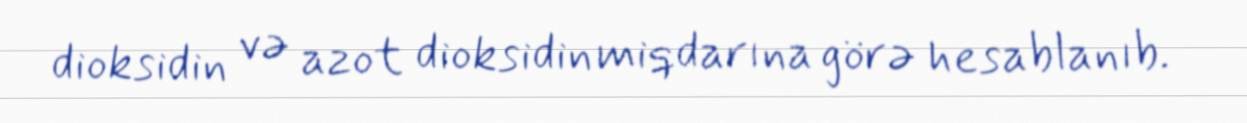
dioksidin və azot dioksidin miqdarına görə hesablanıb.